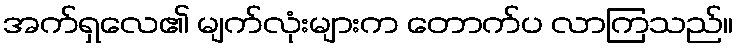
အက်ရှလေ၏ မျက်လုံးများက တောက်ပ လာကြသည်။